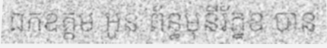
ឯកឧត្តម អូន ព័ន្ធមុនីរ័ត្នឧ បាន